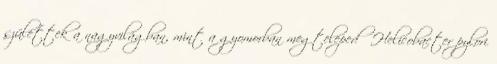
születtek a nagyvilágban, mint a gyomorban megtelepedő Helicobacter pylori